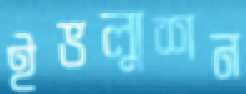
ইভল্যুশন